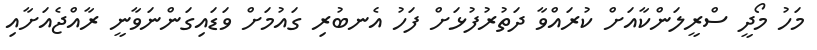
މަހު މޯދީ ސްރީލަންކާއަށް ކުރައްވާ ދަތުރުފުޅަށް ފަހު އެނބުރި ގައުމަށް ވަޑައިގަންނަވާނީ ރާއްޖެއަށާއި